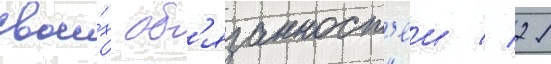
свои́х об'язанност'еи // 21